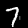
Digit: 7